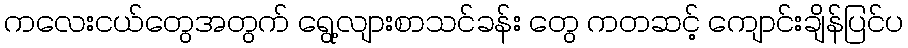
ကလေးငယ်တွေအတွက် ရွေ့လျားစာသင်ခန်း တွေ ကတဆင့် ကျောင်းချိန်ပြင်ပ